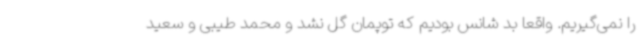
را نمی‌گیریم. واقعا بد شانس بودیم که توپمان گل نشد و محمد طیبی و سعید